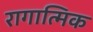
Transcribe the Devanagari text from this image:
रागात्मिक